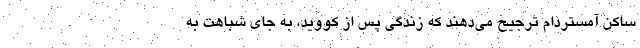
ساکن آمستردام ترجیح می‌دهند که زندگی پس از کووید، به جای شباهت به